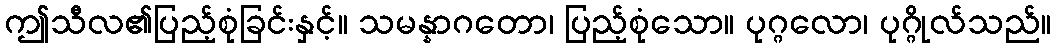
ဤသီလ၏ပြည့်စုံခြင်းနှင့်။ သမန္နာဂတော၊ ပြည့်စုံသော။ ပုဂ္ဂလော၊ ပုဂ္ဂိုလ်သည်။